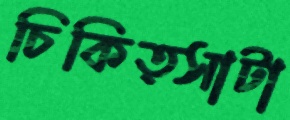
চিকিত্সাটা